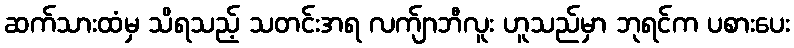
ဆက်သားထံမှ သိရသည့် သတင်းအရ လက်ျာဘီလူး ဟူသည်မှာ ဘုရင်က ပစားပေး